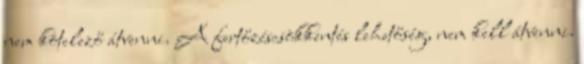
nem kötelező átvenni. A fertőzéscsökkentés lehetőség, nem kell átvenni.